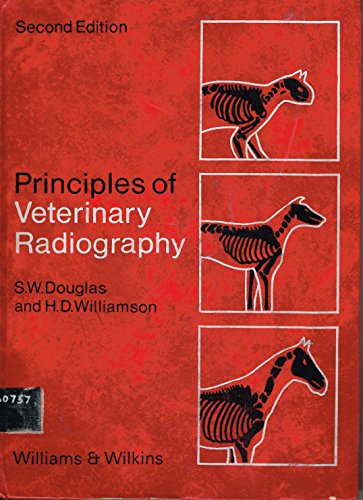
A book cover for Principles of Veterinary Radiography; Sidney William Douglas; Medical Books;